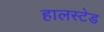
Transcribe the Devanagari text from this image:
हालस्टेड